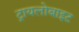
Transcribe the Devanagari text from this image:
ट्रायलोबाइट